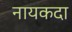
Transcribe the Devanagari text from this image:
नायकदा